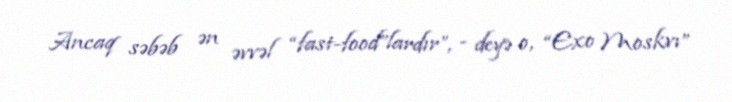
Ancaq səbəb ən əvvəl “fast-food”lardır”, - deyə o, “Exo Moskvı”